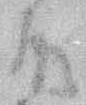
殿